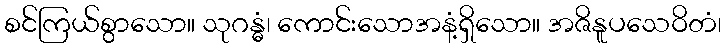
စင်ကြယ်စွာသော။ သုဂန္ဓံ၊ ကောင်းသောအနံ့ရှိသော။ အဇိနူပသေဝိတံ၊